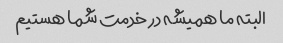
البته ما همیشه در خدمت شما هستیم